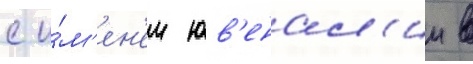
с и́м'ен'ем юв'енал'ии в